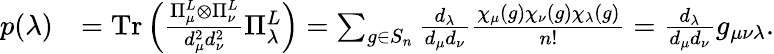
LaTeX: \begin{array}{rl}{p(\lambda)}&{=\mathrm{Tr}\left(\frac{\Pi_{\mu}^{L}\otimes\Pi_{\nu}^{L}}{d_{\mu}^{2}d_{\nu}^{2}}\Pi_{\lambda}^{L}\right)=\sum_{g\in S_{n}}\frac{d_{\lambda}}{d_{\mu}d_{\nu}}\frac{\chi_{\mu}(g)\chi_{\nu}(g)\chi_{\lambda}(g)}{n!}=\frac{d_{\lambda}}{d_{\mu}d_{\nu}}g_{\mu\nu\lambda}.}\end{array}